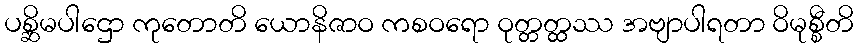
ပစ္ဆိမပါဌော ကုတောတိ ယောနိဇာဝ ကစဝရော ဝုတ္တတ္ထဿ အဗျာပါရတာ ဝိမုစ္စီတိ